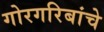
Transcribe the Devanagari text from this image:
गोरगरिबांचे